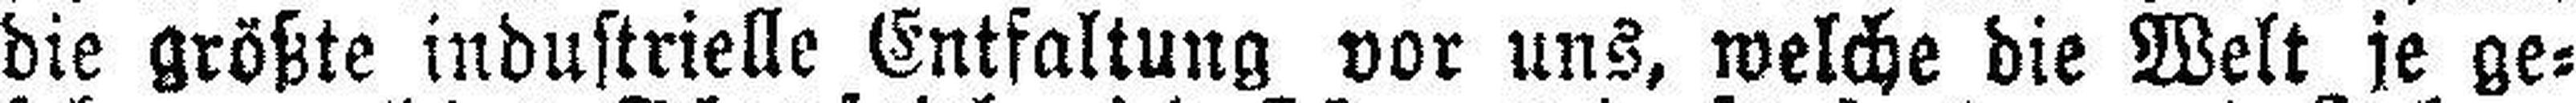
die größte industrielle Entfaltung vor uns, welche die Welt je ge¬